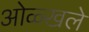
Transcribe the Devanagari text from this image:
ओळ्खले